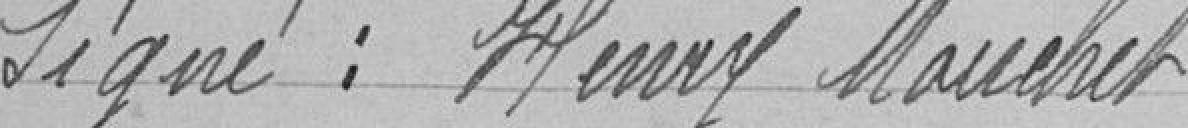
Signé : Henry Mouchet